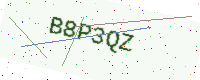
Text: B8P3QZ